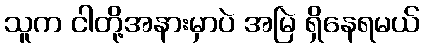
သူက ငါတို့အနားမှာပဲ အမြဲ ရှိနေရမယ်